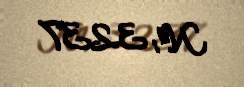
№: 3237